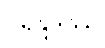
ပုရိန္ဒဒဿ